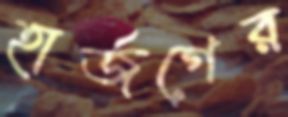
হার্জগের